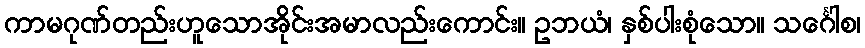
ကာမဂုဏ်တည်းဟူသောအိုင်းအမာလည်းကောင်း။ ဥဘယံ၊ နှစ်ပါးစုံသော။ သင်္ဂေါစ၊